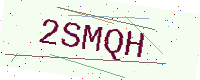
Text: 2SMQH